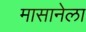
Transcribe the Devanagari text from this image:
मासानेला